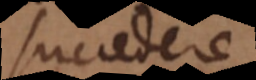
succedere